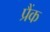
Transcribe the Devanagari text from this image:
प्रैंक